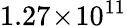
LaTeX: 1.27\! \times\! 10^{11}